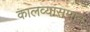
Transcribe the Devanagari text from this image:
कालव्यासमान